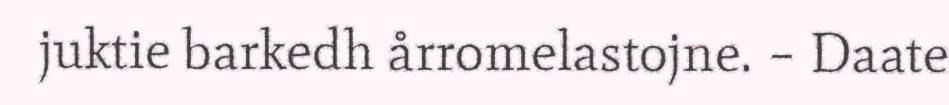
juktie barkedh årromelastojne. – Daate